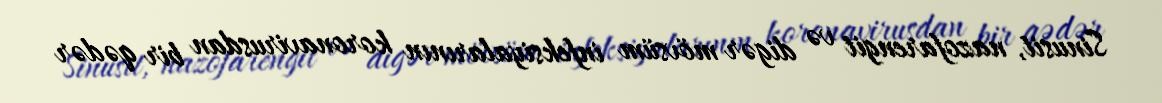
Sinusit, nazofarengit və digər mövsüm infeksiyalarının koronavirusdan bir qədər